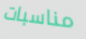
مناسبات